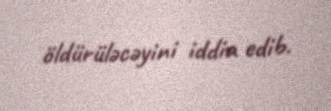
öldürüləcəyini iddia edib.